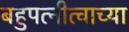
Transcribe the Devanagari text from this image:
बहुपत्नीत्वाच्या